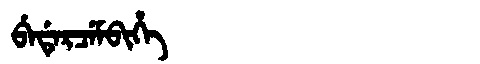
Manchu: ᠪᡝᡩᡝᡵᠴᡝᠮᠪᡳᡥᡝ
Romanization: BEDERCEMBIHE